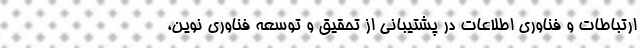
ارتباطات و فناوری اطلاعات در پشتیبانی از تحقیق و توسعه فناوری نوین،